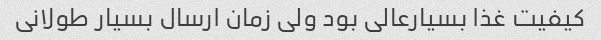
کیفیت غذا بسیارعالی بود ولی زمان ارسال بسیار طولانی